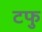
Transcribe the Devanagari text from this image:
टफु